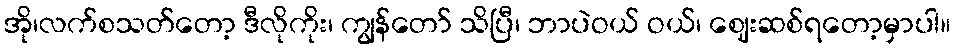
အို၊လက်စသတ်တော့ ဒီလိုကိုး၊ ကျွန်တော် သိပြီ၊ ဘာပဲဝယ် ဝယ်၊ ဈေးဆစ်ရတော့မှာပါ။